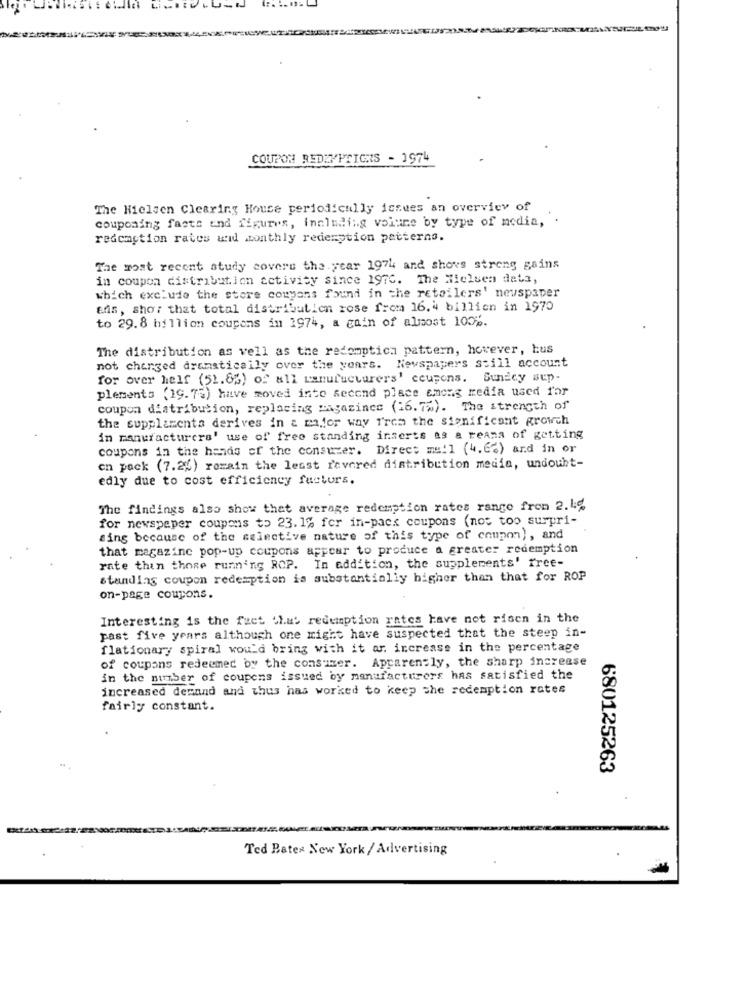
COUPON REDEMPTIONS - 1974
The Nielsen Clearing House periodically issues an overview of
couponing facts and figures, including voiune by type of media,
redemption rates wid monthly redemption patterns.
The most recent study covers the year 1974 and shovs streng gains
in coupon distribution activity since 197C. The Nielsen data,
which exclude the store cowyons found in the retailers' newspaper
Efs, sho: that total distribution rose from 16.4 billion in 1970
to 29.8 billion coupons in 1974, a gain of almost 100%.
The distribution as well as the redomptica pattern, however, bus
not changed dramatically over the years. Newspapers still account
for over helf (51.8%) of all manufacturers' coupons. Sunday sup-
plements (19.75) have moved into second place among media used for
coupon distribution, replacing magazines (16.7%). The strength of
the supplamenta derives in a maior way from the significant growth
in manufacturers' use of free standing inserts as a reama of getting
coupons in the hands of the consumer. Direct mall (4,6%) and in or
on pack (7.2%) romain the least revered distribution media, undouht-
edly due to cost efficiency facturs.
The findings also show that average redemption rates range from 2.1%
for newspaper coupons to 23. 1% fer in-pack coupons (not too surpri-
sing because of the selective nature of this type of coupon), and
that magazine pop-up coupons appear to produce a greater redemption
rate thin those running ROP. In addition, the supplements' free-
standing coupon redemption is substantially higher than that for ROP
on-page coupons.
Interesting is the feet Shut redemption rates have not risen in the
past five years although one might have suspected that the steep in-
flationary spiral would bring with it ar, increase in the percentage
of coupons redeemed by the consumer. Apparently, the sharp increase
in the number of coupens issued by manufacturers has satisfied the
increased demand and thus has worked to keep the redemption rates
fairly constant.
680125263
Ted Bater New York / Advertising